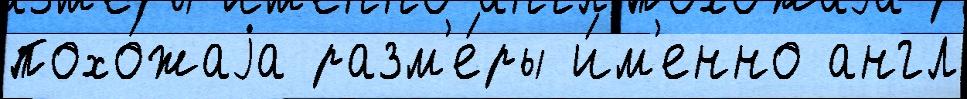
похо́жаjа разм'е́ры и́м'енно англ